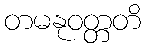
တမနုဝတ္တတိ